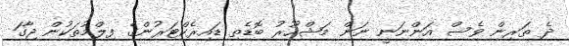
ދެ ތަރިން ވެސް އަންނަނީ ނަން މަޝްހޫރު ބޮޑެތި ޑައިރެކްޓަރުންގެ ފިލްމުތަކުން ޖާގަ